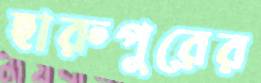
হারুপুরের